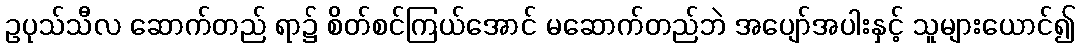
ဥပုသ်သီလ ဆောက်တည် ရာ၌ စိတ်စင်ကြယ်အောင် မဆောက်တည်ဘဲ အပျော်အပါးနှင့် သူများယောင်၍